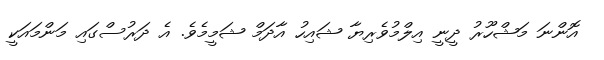
އޮންނަ މަޝްހޫރު ދީނީ އިލްމުވެރިޔާ ޝައިހު އާދަމް ޝަމީމެވެ. އެ ދަރުސްގައި މަންމައަކީ